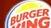
burger